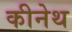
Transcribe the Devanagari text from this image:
कीनेथ